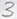
Text: 3